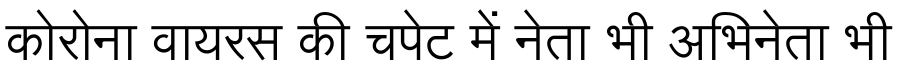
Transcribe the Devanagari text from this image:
कोरोना वायरस की चपेट में नेता भी अभिनेता भी